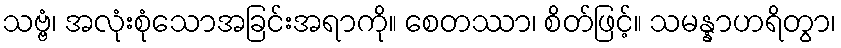
သဗ္ဗံ၊ အလုံးစုံသောအခြင်းအရာကို။ စေတဿာ၊ စိတ်ဖြင့်။ သမန္နာဟရိတွာ၊